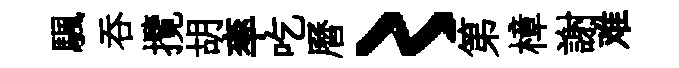
颿吞攬胡率吃曆〻第樟謝难